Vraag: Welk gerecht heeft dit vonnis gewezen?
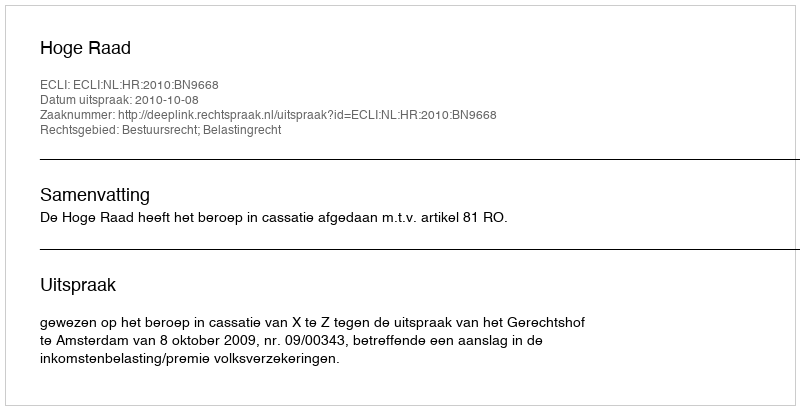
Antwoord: Hoge Raad